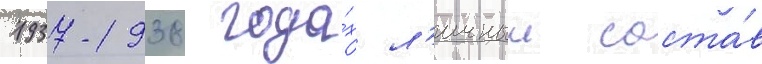
1937-1938 года́х л'ичныи соста́в